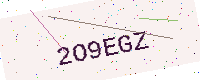
Text: 2O9EGZ